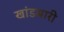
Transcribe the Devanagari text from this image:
खांडबारी